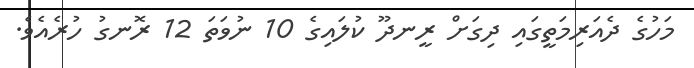
މަހުގެ ދެއަރިމަތީގައި ދިގަށް ރީނދޫ ކުލައިގެ 10 ނުވަތަ 12 ރޮނގު ހުރެއެވެ.